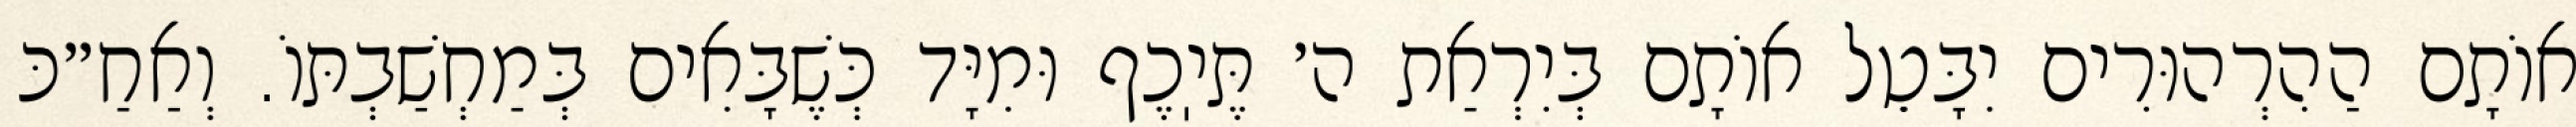
אוֹתָם הַהִרְהוּרִים יִבָּטֵל אוֹתָם בְּיִרְאַת ה׳ תֶּיֽכֶף וּמִיָּד כְּשֶׁבָּאִים בְּמַחְשַׁבְתּוֹ. וְאַחַ״כּ